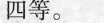
四等。